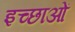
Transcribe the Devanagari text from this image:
इच्छाआें